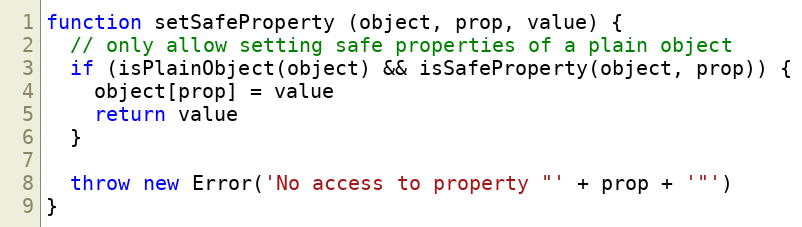
Language: JavaScript
function setSafeProperty (object, prop, value) {
  // only allow setting safe properties of a plain object
  if (isPlainObject(object) && isSafeProperty(object, prop)) {
    object[prop] = value
    return value
  }

  throw new Error('No access to property "' + prop + '"')
}